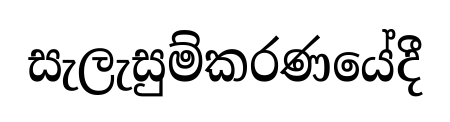
සැලැසුම්කරණයේදී